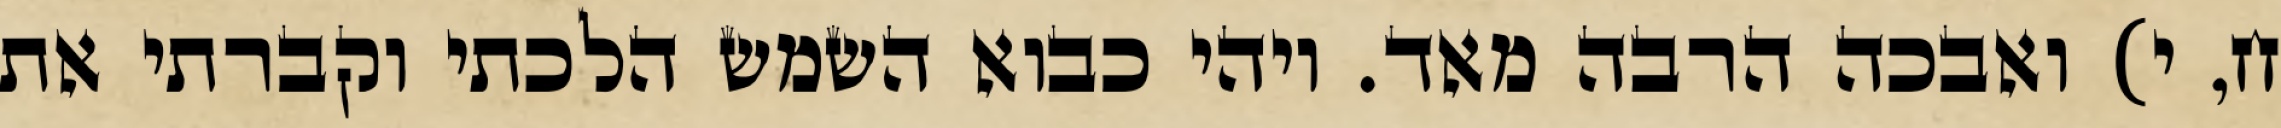
ח, י) ואבכה הרבה מאד. ויהי כבוא השמש הלכתי וקברתי את